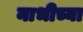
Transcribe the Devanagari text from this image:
नाभीच्या